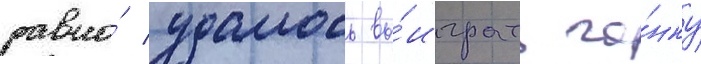
равно́ удалось вы́играть го́нку